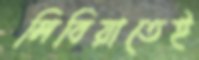
লিবিয়াতেই